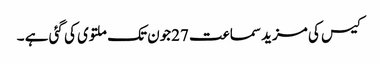
کیس کی مزید سماعت 27جون تک ملتوی کی گئی ہے ۔